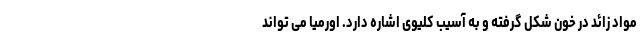
مواد زائد در خون شکل گرفته و به آسیب کلیوی اشاره دارد. اورمیا می تواند